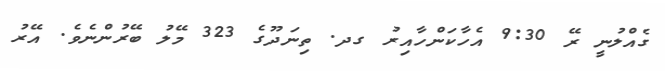
ގެއްލުނީ ރޭ 9:30 އެހާކަންހާއިރު ގދ. ތިނަދޫގެ 323 މޭލު ބޭރުންނެވެ. އޭރު